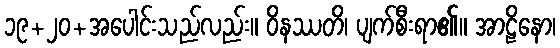
၁၉+၂၀+အပေါင်းသည်လည်း။ ဝိနဿတိ၊ ပျက်စီးရာ၏။ အာဠိနော၊